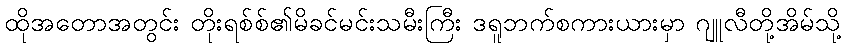
ထိုအတောအတွင်း တိုးရစ်စ်၏မိခင်မင်းသမီးကြီး ဒရူဘက်စကားယားမှာ ဂျူလီတို့အိမ်သို့